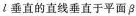
l垂直的直线垂直于平面\beta